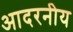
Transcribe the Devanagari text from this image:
आदरनीय